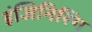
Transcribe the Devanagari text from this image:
इंजिनिरिंग